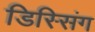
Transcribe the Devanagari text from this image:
डिस्सिंग